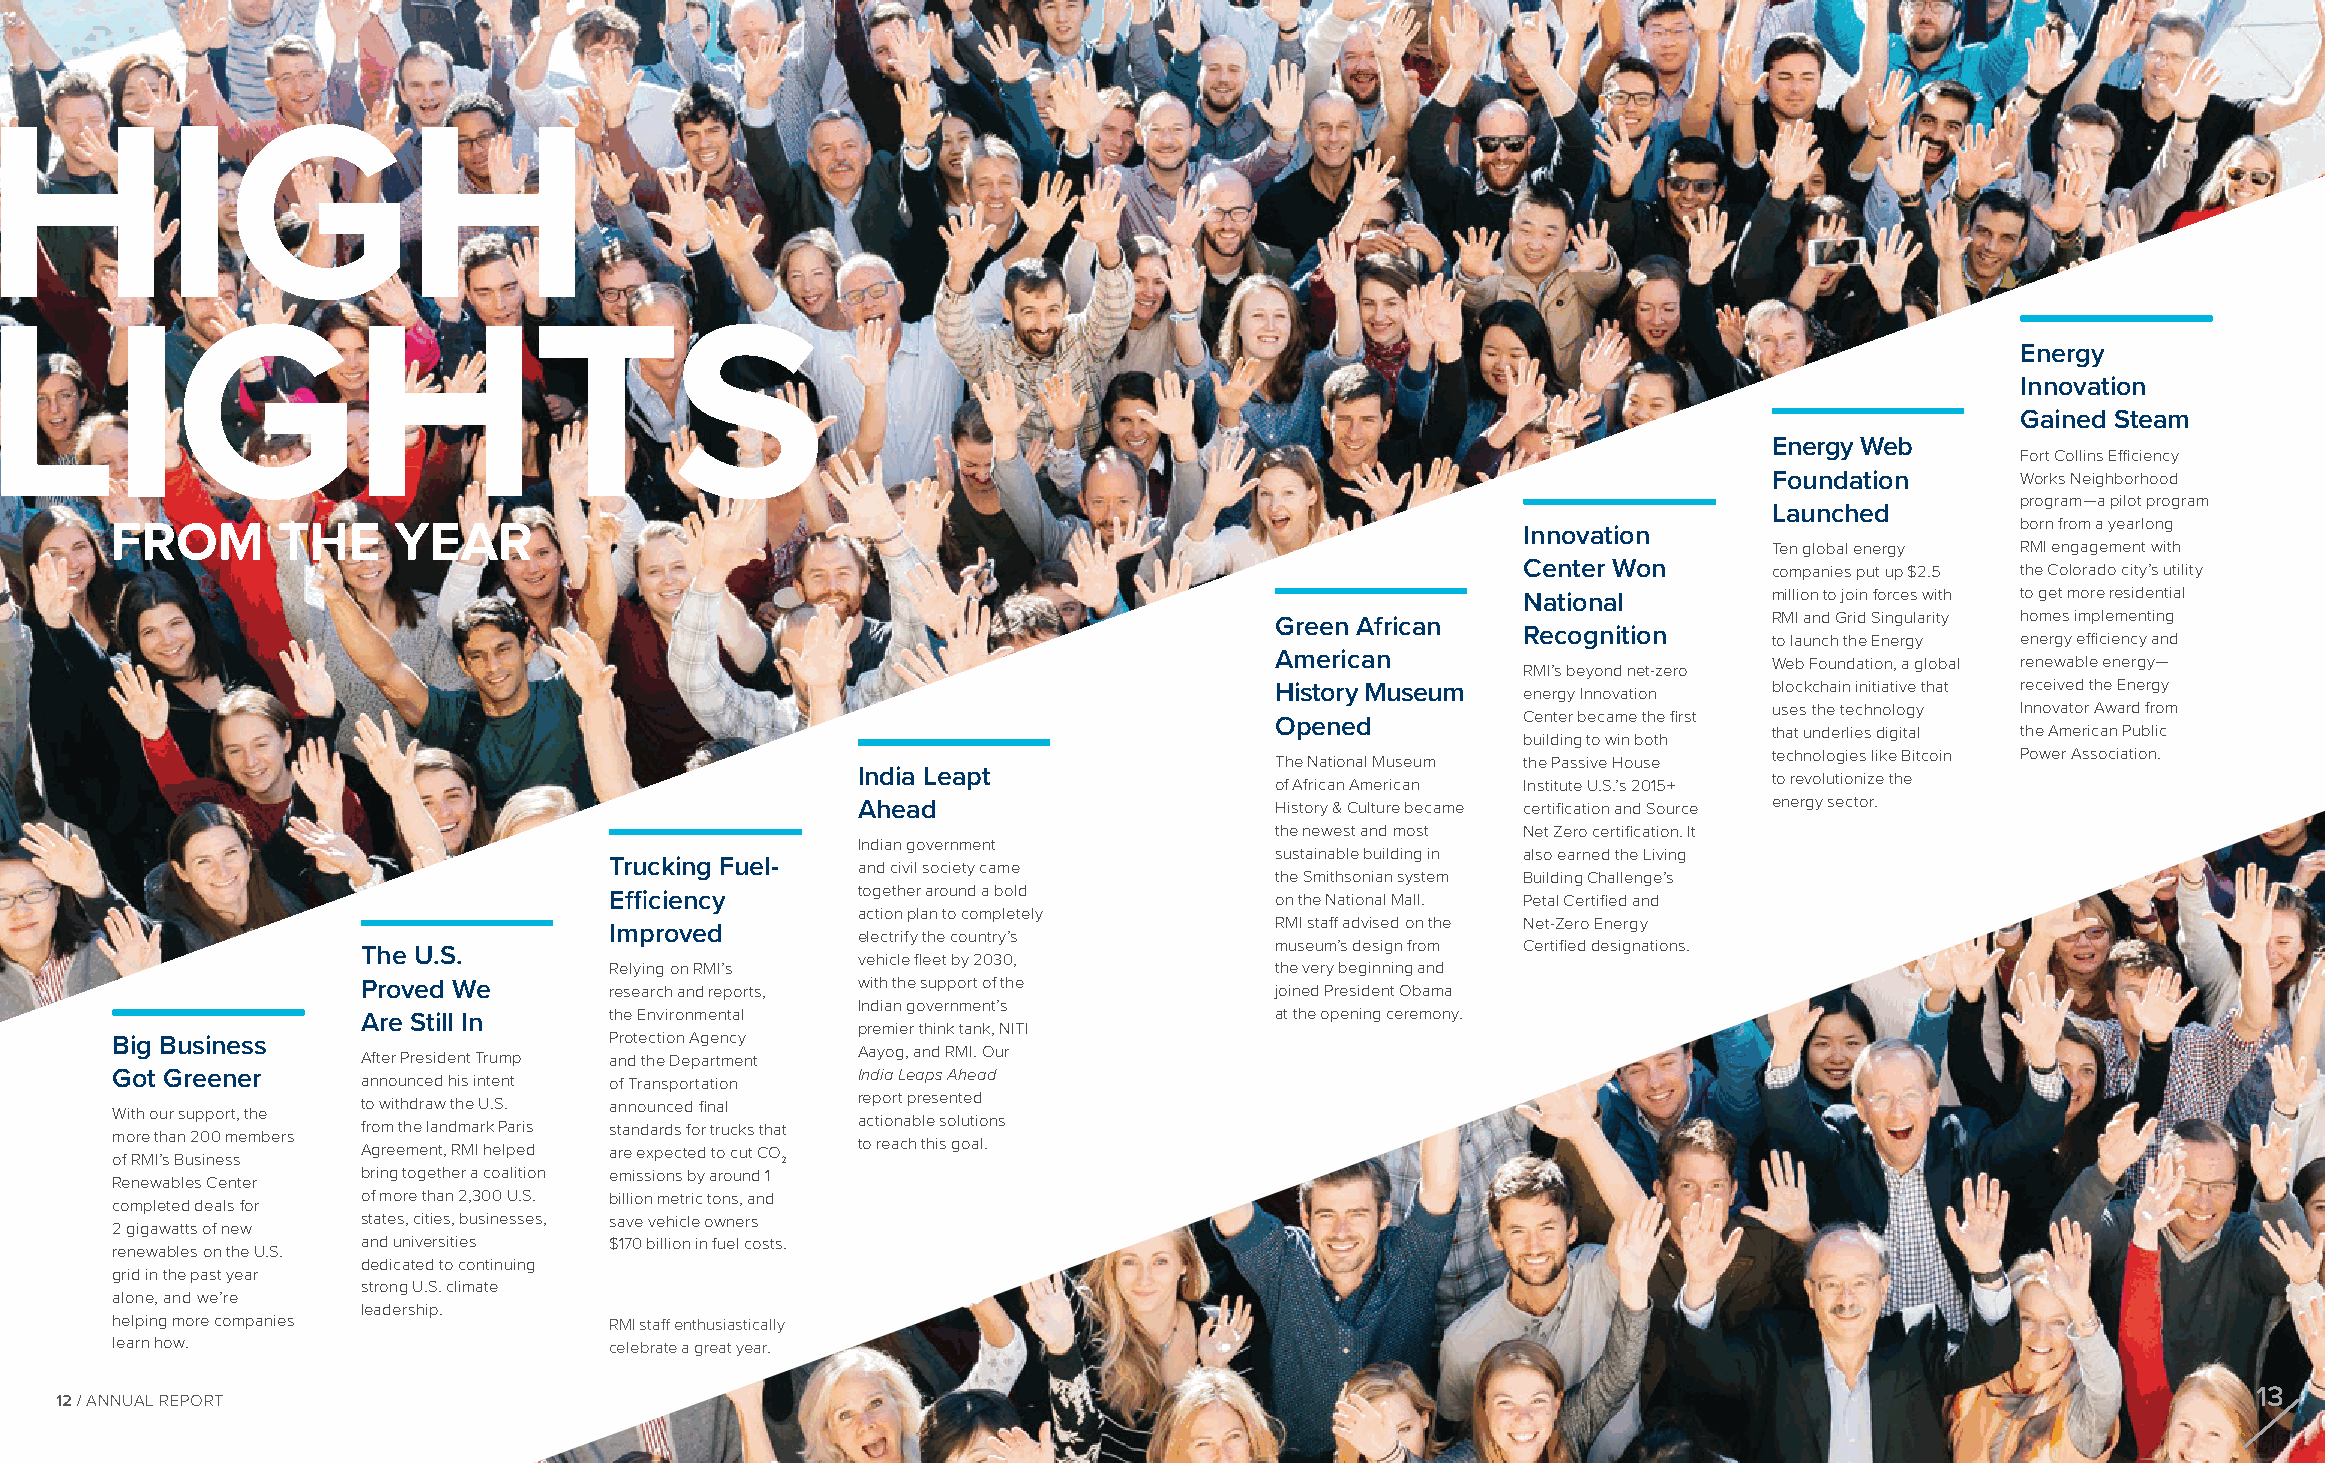
HIGH
 LIGHTS
 Energy
 Innovation
 Gained Steam
 Energy Web
 Fort Collins Efficiency
 Foundation       Works Neighborhood
 program—a pilot program
 Launched
 FROM       THE     YEAR                                                                       Innovation                       born from a yearlong
 Ten global energy RMI engagement with
 Center Won      companies put up $2.5 the Colorado city’s utility
 National        million to join forces with to get more residential
 Green African                    RMI and Grid Singularity homes implementing
 Recognition
 to launch the Energy energy efficiency and
 American                         Web Foundation, a global renewable energy—
 RMI’s beyond net-zero
 History Museum   energy Innovation blockchain initiative that received the Energy
 uses the technology Innovator Award from
 Opened           Center became the first
 that underlies digital the American Public
 building to win both
 technologies like Bitcoin Power Association.
 The National Museum the Passive House
 India Leapt                                                 to revolutionize the
 of African American Institute U.S.’s 2015+
 Ahead                      History & Culture became certification and Source energy sector.
 the newest and most Net Zero certification. It
 Indian government
 sustainable building in also earned the Living
 Trucking Fuel-   and civil society came
 the Smithsonian system Building Challenge’s
 Efficiency       together around a bold     on the National Mall. Petal Certified and
 action plan to completely
 RMI staff advised on the Net-Zero Energy
 Improved
 electrify the country’s
 The U.S.                                                    museum’s design from Certified designations.
 vehicle fleet by 2030,
 Relying on RMI’s                            the very beginning and
 Proved We       research and reports, with the support of the joined President Obama
 Indian government’s
 Are Still In    the Environmental                           at the opening ceremony.
 premier think tank, NITI
 Big Business                     Protection Agency
 Aayog, and RMI. Our
 After President Trump and the Department
 Got Greener      announced his intent of Transportation India Leaps Ahead
 report presented
 to withdraw the U.S. announced final
 With our support, the
 actionable solutions
 from the landmark Paris standards for trucks that
 more than 200 members
 to reach this goal.
 Agreement, RMI helped are expected to cut CO
 of RMI’s Business                            2
 bring together a coalition emissions by around 1
 Renewables Center
 of more than 2,300 U.S. billion metric tons, and
 completed deals for
 states, cities, businesses, save vehicle owners
 2 gigawatts of new
 and universities $170 billion in fuel costs.
 renewables on the U.S.
 dedicated to continuing
 grid in the past year
 strong U.S. climate
 alone, and we’re
 leadership.
 helping more companies           RMI staff enthusiastically
 learn how.                       celebrate a great year.
 13
 12 / ANNUAL REPORT